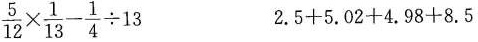
$$\frac{5}{12} \times \frac{1}{13}- \frac{1}{4} \div 13$$ $$2.5+5.02+4.98+8.5$$